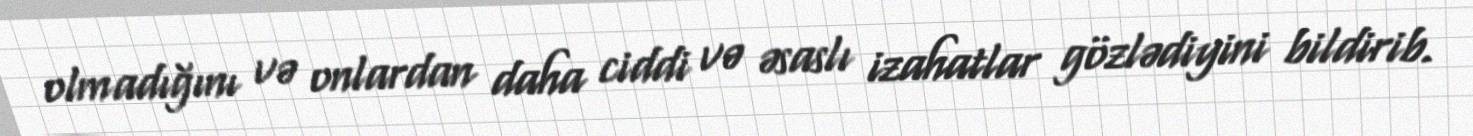
olmadığını və onlardan daha ciddi və əsaslı izahatlar gözlədiyini bildirib.